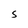
Character: S